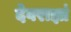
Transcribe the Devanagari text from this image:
देवराज्ञां